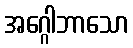
အဂ္ဂေါဘာသော